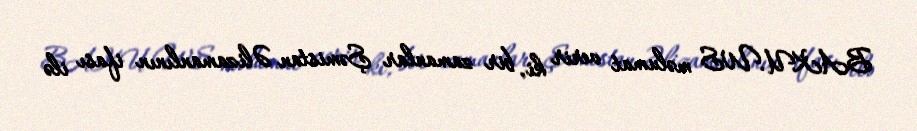
BAKU.WS məlumat verir ki, bir zamanlar Şəmistan Əlizamanlının ifası ilə